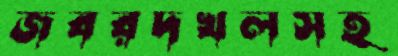
জবরদখলসহ